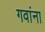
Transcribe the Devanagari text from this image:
गवांना